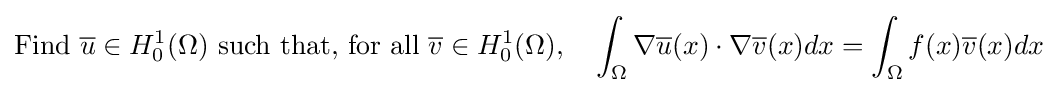
{\mbox{Find }}{\overline {u}}\in H_{0}^{1}(\Omega ){\mbox{ such that, for all }}{\overline {v}}\in H_{0}^{1}(\Omega ),\quad \int _{\Omega }\nabla {\overline {u}}(x)\cdot \nabla {\overline {v}}(x)dx=\int _{\Omega }f(x){\overline {v}}(x)dx